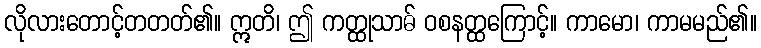
လိုလားတောင့်တတတ်၏။ ဣတိ၊ ဤ ကတ္ထုသာဓ် ဝစနတ္ထကြောင့်။ ကာမော၊ ကာမမည်၏။